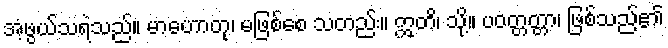
အံ့ဖွယ်သရဲသည်။ မာဟောတု၊ မဖြစ်စေ သတည်း။ ဣတိ၊ သို့။ ပဝတ္တတ္တာ၊ ဖြစ်သည်၏